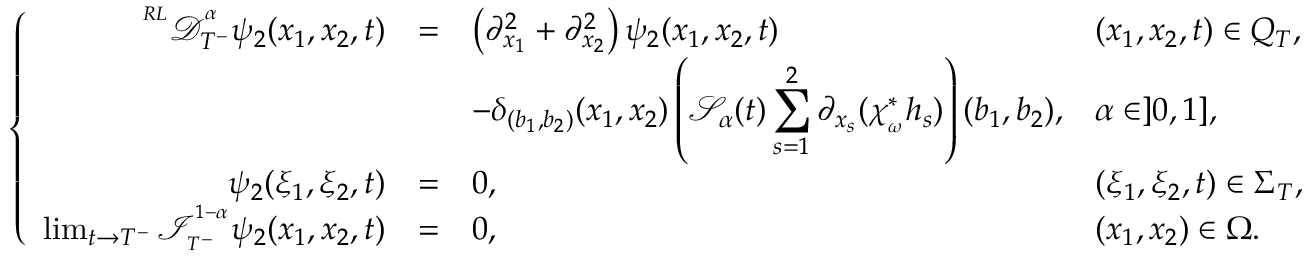
\left\{ \begin{array} { r l l l } { ^ { ^ { R L } } \mathcal { D } _ { T ^ { - } } ^ { ^ \alpha } \psi _ { 2 } ( x _ { 1 } , x _ { 2 } , t ) } & { = } & { \left( \partial _ { x _ { 1 } } ^ { 2 } + \partial _ { x _ { 2 } } ^ { 2 } \right) \psi _ { 2 } ( x _ { 1 } , x _ { 2 } , t ) } & { ( x _ { 1 } , x _ { 2 } , t ) \in Q _ { T } , } \\ & & { - \delta _ { ( b _ { 1 } , b _ { 2 } ) } ( x _ { 1 } , x _ { 2 } ) \left( \mathcal { S } _ { \alpha } ( t ) \displaystyle \sum _ { s = 1 } ^ { 2 } \partial _ { x _ { s } } ( \chi _ { _ \omega } ^ { * } h _ { s } ) \right) ( b _ { 1 } , b _ { 2 } ) , } & { \alpha \in ] 0 , 1 ] , } \\ { \psi _ { 2 } ( \xi _ { 1 } , \xi _ { 2 } , t ) } & { = } & { 0 , } & { ( \xi _ { 1 } , \xi _ { 2 } , t ) \in \Sigma _ { T } , } \\ { \operatorname* { l i m } _ { t \rightarrow T ^ { - } } \mathcal { I } _ { _ { T ^ { - } } } ^ { ^ { 1 - \alpha } } \psi _ { 2 } ( x _ { 1 } , x _ { 2 } , t ) } & { = } & { 0 , } & { ( x _ { 1 } , x _ { 2 } ) \in \Omega . } \end{array} \right.